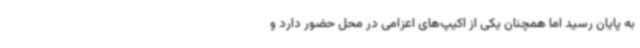
به پایان رسید اما همچنان یکی از اکیپ‌های اعزامی در محل حضور دارد و